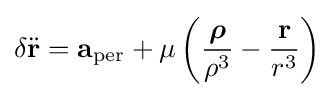
\delta {\ddot {\mathbf {r} }}=\mathbf {a} _{\text{per}}+\mu \left({{\boldsymbol {\rho }} \over \rho ^{3}}-{\mathbf {r}  \over r^{3}}\right)